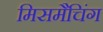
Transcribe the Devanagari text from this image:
मिसमैचिंग